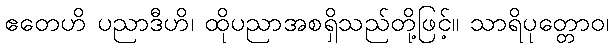
ဧတေဟိ ပညာဒီဟိ၊ ထိုပညာအစရှိသည်တို့ဖြင့်။ သာရိပုတ္တောဝ၊